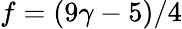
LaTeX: f=(9\gamma-5)/4